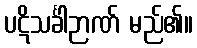
ပဋိသင်္ခါဉာဏ် မည်၏။